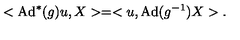
< \mathrm { A d } ^ { * } ( g ) u , X > = < u , \mathrm { A d } ( g ^ { - 1 } ) X > .